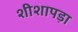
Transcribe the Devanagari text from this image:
शीशापड़ा